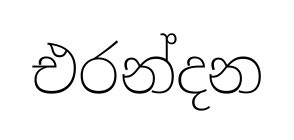
එරන්දන